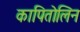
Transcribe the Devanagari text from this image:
कापितोलिन